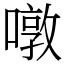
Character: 噋